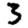
Digit: 3